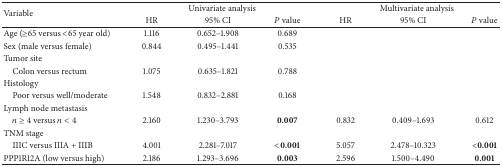
<table><thead><tr><td rowspan="2"><b>Variable</b></td><td colspan="3"><b>Univariate analysis</b></td><td colspan="3"><b>Multivariate analysis</b></td></tr><tr><td><b>HR</b></td><td><b>95% CI</b></td><td><b><i>P</i> value</b></td><td><b>HR</b></td><td><b>95% CI</b></td><td><b><i>P</i> value</b></td></tr></thead><tbody><tr><td>Age (≥65 versus &lt;65 year old)</td><td>1.116</td><td>0.652–1.908</td><td>0.689</td><td> </td><td> </td><td> </td></tr><tr><td>Sex (male versus female)</td><td>0.844</td><td>0.495–1.441</td><td>0.535</td><td> </td><td> </td><td> </td></tr><tr><td>Tumor site</td><td> </td><td> </td><td> </td><td> </td><td> </td><td> </td></tr><tr><td> Colon versus rectum</td><td>1.075</td><td>0.635–1.821</td><td>0.788</td><td> </td><td> </td><td> </td></tr><tr><td>Histology</td><td> </td><td> </td><td> </td><td> </td><td> </td><td> </td></tr><tr><td> Poor versus well/moderate</td><td>1.548</td><td>0.832–2.881</td><td>0.168</td><td> </td><td> </td><td> </td></tr><tr><td>Lymph node metastasis</td><td> </td><td> </td><td> </td><td> </td><td> </td><td> </td></tr><tr><td> <i>n</i> ≥ 4 versus <i>n</i> &lt; 4</td><td>2.160</td><td>1.230–3.793</td><td><b>0.007</b></td><td>0.832</td><td>0.409–1.693</td><td>0.612</td></tr><tr><td>TNM stage</td><td> </td><td> </td><td> </td><td> </td><td> </td><td> </td></tr><tr><td> IIIC versus IIIA + IIIB</td><td>4.001</td><td>2.281–7.017</td><td><b>&lt;0.001</b></td><td>5.057</td><td>2.478–10.323</td><td><b>&lt;0.001</b></td></tr><tr><td>PPP1R12A (low versus high)</td><td>2.186</td><td>1.293–3.696</td><td><b>0.003</b></td><td>2.596</td><td>1.500–4.490</td><td><b>0.001</b></td></tr></tbody></table>